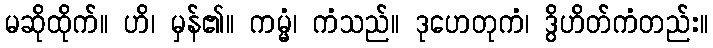
မဆိုထိုက်။ ဟိ၊ မှန်၏။ ကမ္မံ၊ ကံသည်။ ဒုဟေတုကံ၊ ဒွိဟိတ်ကံတည်း။